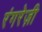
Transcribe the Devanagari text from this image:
रंगरेज़ी